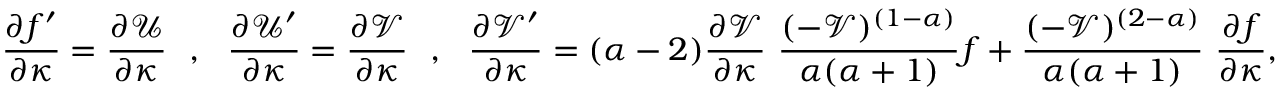
\frac { \partial f ^ { \prime } } { \partial \kappa } = \frac { \partial \mathcal { U } } { \partial \kappa } ~ ~ , ~ ~ \frac { \partial \mathcal { U } ^ { \prime } } { \partial \kappa } = \frac { \partial \mathcal { V } } { \partial \kappa } ~ ~ , ~ ~ \frac { \partial \mathcal { V } ^ { \prime } } { \partial \kappa } = ( \alpha - 2 ) \frac { \partial \mathcal { V } } { \partial \kappa } ~ \frac { ( - \mathcal { V } ) ^ { ( 1 - \alpha ) } } { \alpha ( \alpha + 1 ) } f + \frac { ( - \mathcal { V } ) ^ { ( 2 - \alpha ) } } { \alpha ( \alpha + 1 ) } ~ \frac { \partial f } { \partial \kappa } ,